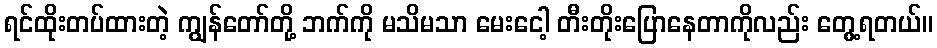
ရင်ထိုးတပ်ထားတဲ့ ကျွန်တော်တို့ ဘက်ကို မသိမသာ မေးငေါ့ တီးတိုးပြောနေတာကိုလည်း တွေ့ရတယ်။